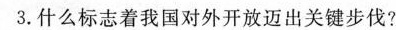
3.什么标志着我国对外开放迈出关键步伐?